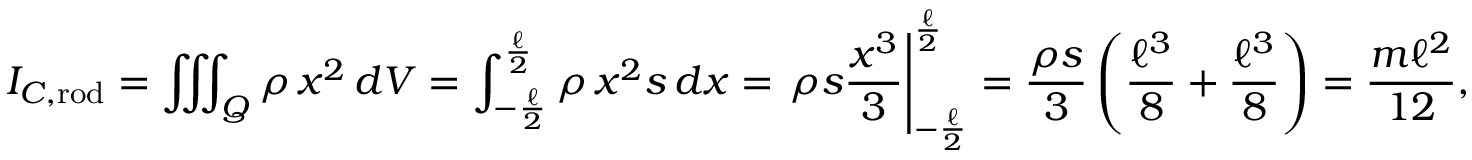
I _ { C , { \mathrm { r o d } } } = \iiint _ { Q } \rho \, x ^ { 2 } \, d V = \int _ { - { \frac { \ell } { 2 } } } ^ { \frac { \ell } { 2 } } \rho \, x ^ { 2 } s \, d x = \left. \rho s { \frac { x ^ { 3 } } { 3 } } \right| _ { - { \frac { \ell } { 2 } } } ^ { \frac { \ell } { 2 } } = { \frac { \rho s } { 3 } } \left( { \frac { \ell ^ { 3 } } { 8 } } + { \frac { \ell ^ { 3 } } { 8 } } \right) = { \frac { m \ell ^ { 2 } } { 1 2 } } ,